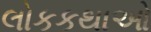
લોકકથાઓ